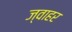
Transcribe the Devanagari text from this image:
ज्वाहर